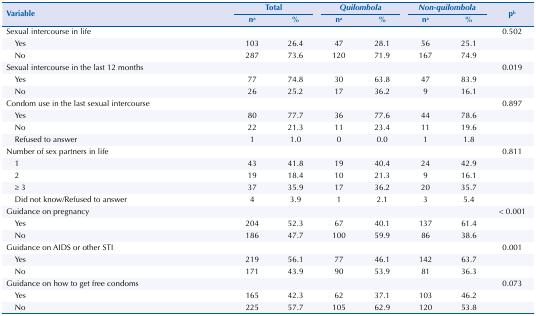
<table><thead><tr><td rowspan="2" colspan="2"><b>Variable</b></td><td colspan="2"><b>Total</b></td><td colspan="2"><b><i>Quilombola</i></b></td><td colspan="2"><b><i>Non-quilombola</i></b></td><td rowspan="2"><b>pb</b></td></tr><tr><td><b>na</b></td><td><b>%</b></td><td><b>na</b></td><td><b>%</b></td><td><b>na</b></td><td><b>%</b></td></tr></thead><tbody><tr><td colspan="2">Sexual intercourse in life</td><td></td><td></td><td></td><td></td><td></td><td></td><td>0.502</td></tr><tr><td></td><td>Yes</td><td>103</td><td>26.4</td><td>47</td><td>28.1</td><td>56</td><td>25.1</td><td></td></tr><tr><td></td><td>No</td><td>287</td><td>73.6</td><td>120</td><td>71.9</td><td>167</td><td>74.9</td><td></td></tr><tr><td colspan="2">Sexual intercourse in the last 12 months</td><td></td><td></td><td></td><td></td><td></td><td></td><td>0.019</td></tr><tr><td></td><td>Yes</td><td>77</td><td>74.8</td><td>30</td><td>63.8</td><td>47</td><td>83.9</td><td></td></tr><tr><td></td><td>No</td><td>26</td><td>25.2</td><td>17</td><td>36.2</td><td>9</td><td>16.1</td><td></td></tr><tr><td colspan="2">Condom use in the last sexual intercourse</td><td></td><td></td><td></td><td></td><td></td><td></td><td>0.897</td></tr><tr><td></td><td>Yes</td><td>80</td><td>77.7</td><td>36</td><td>77.6</td><td>44</td><td>78.6</td><td></td></tr><tr><td></td><td>No</td><td>22</td><td>21.3</td><td>11</td><td>23.4</td><td>11</td><td>19.6</td><td></td></tr><tr><td></td><td>Refused to answer</td><td>1</td><td>1.0</td><td>0</td><td>0.0</td><td>1</td><td>1.8</td><td></td></tr><tr><td colspan="2">Number of sex partners in life</td><td></td><td></td><td></td><td></td><td></td><td></td><td>0.811</td></tr><tr><td></td><td>1</td><td>43</td><td>41.8</td><td>19</td><td>40.4</td><td>24</td><td>42.9</td><td></td></tr><tr><td></td><td>2</td><td>19</td><td>18.4</td><td>10</td><td>21.3</td><td>9</td><td>16.1</td><td></td></tr><tr><td></td><td>≥ 3</td><td>37</td><td>35.9</td><td>17</td><td>36.2</td><td>20</td><td>35.7</td><td></td></tr><tr><td></td><td>Did not know/Refused to answer</td><td>4</td><td>3.9</td><td>1</td><td>2.1</td><td>3</td><td>5.4</td><td></td></tr><tr><td colspan="2">Guidance on pregnancy</td><td></td><td></td><td></td><td></td><td></td><td></td><td>&lt; 0.001</td></tr><tr><td></td><td>Yes</td><td>204</td><td>52.3</td><td>67</td><td>40.1</td><td>137</td><td>61.4</td><td></td></tr><tr><td></td><td>No</td><td>186</td><td>47.7</td><td>100</td><td>59.9</td><td>86</td><td>38.6</td><td></td></tr><tr><td colspan="2">Guidance on AIDS or other STI</td><td></td><td></td><td></td><td></td><td></td><td></td><td>0.001</td></tr><tr><td></td><td>Yes</td><td>219</td><td>56.1</td><td>77</td><td>46.1</td><td>142</td><td>63.7</td><td></td></tr><tr><td></td><td>No</td><td>171</td><td>43.9</td><td>90</td><td>53.9</td><td>81</td><td>36.3</td><td></td></tr><tr><td colspan="2">Guidance on how to get free condoms</td><td></td><td></td><td></td><td></td><td></td><td></td><td>0.073</td></tr><tr><td></td><td>Yes</td><td>165</td><td>42.3</td><td>62</td><td>37.1</td><td>103</td><td>46.2</td><td></td></tr><tr><td></td><td>No</td><td>225</td><td>57.7</td><td>105</td><td>62.9</td><td>120</td><td>53.8</td><td></td></tr></tbody></table>